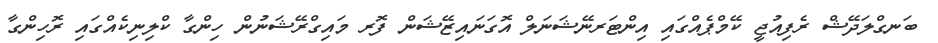
ބަނގްލަދޭޝް ރެފިއުޖީ ކޭމްޕެއްގައި އިންޓަރނޭޝަނަލް އޮގަނައިޒޭޝަން ފޮރ މައިގްރޭޝަނުން ހިންގާ ކްލިނިކެއްގައި ރޮހިންގާ